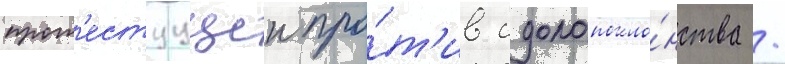
прот'естуущеи про́т'ив идолопокло́нства /